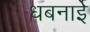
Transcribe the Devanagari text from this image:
धबनाईे